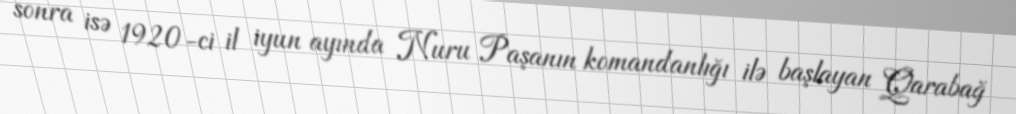
sonra isə 1920-ci il iyun ayında Nuru Paşanın komandanlığı ilə başlayan Qarabağ